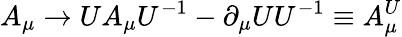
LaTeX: A_{\mu}\rightarrow UA_{\mu}U^{-1}-\partial_{\mu}UU^{-1}\equiv A_{\mu}^{U}